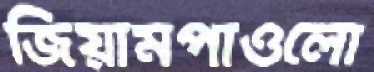
জিয়ামপাওলো